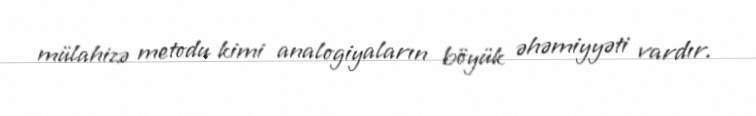
mülahizə metodu kimi analogiyaların böyük əhəmiyyəti vardır.